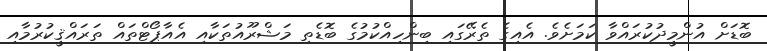
ބޮޑަށް އުންމީދުކުރައްވާ ކަމަށެވެ. އެއިގެ ތެރޭގައި ބިންހިއްކުމުގެ ބޮޑެތި މަޝްރޫއުތަކާއި އެއާޕޯޓްތައް ތަރައްޤީކުރުމާއި